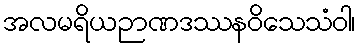
အလမရိယဉာဏဒဿနဝိသေသံဝါ၊